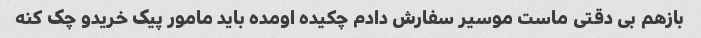
بازهم بی دقتی ماست موسیر سفارش دادم چکیده اومده باید مامور پیک خریدو چک کنه